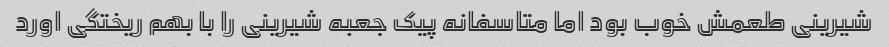
شیرینی طعمش خوب بود اما متاسفانه پیک جعبه شیرینی را با بهم ریختگی اورد